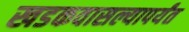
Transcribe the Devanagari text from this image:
खडकवासल्यापर्यंत